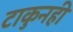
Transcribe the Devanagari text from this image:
टाकुनही